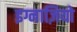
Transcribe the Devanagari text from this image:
इग्नाज़ियो